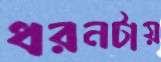
ধরনটায়